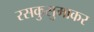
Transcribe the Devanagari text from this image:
रसकुसुमाकर